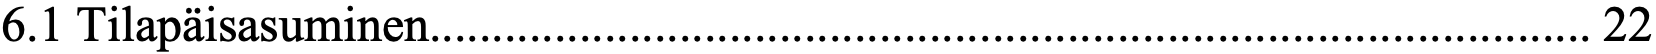
6.1 Tilapäisasuminen............................................................................................. 22